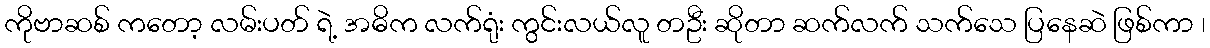
ကိုဗာဆစ် ကတော့ လမ်းပတ် ရဲ့ အဓိက လက်ရုံး ကွင်းလယ်လူ တဦး ဆိုတာ ဆက်လက် သက်သေ ပြနေဆဲ ဖြစ်ကာ ၊